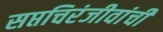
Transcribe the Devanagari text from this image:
सप्तचिरंजीवांची